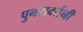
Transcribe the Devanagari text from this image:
पुनरावर्तनी